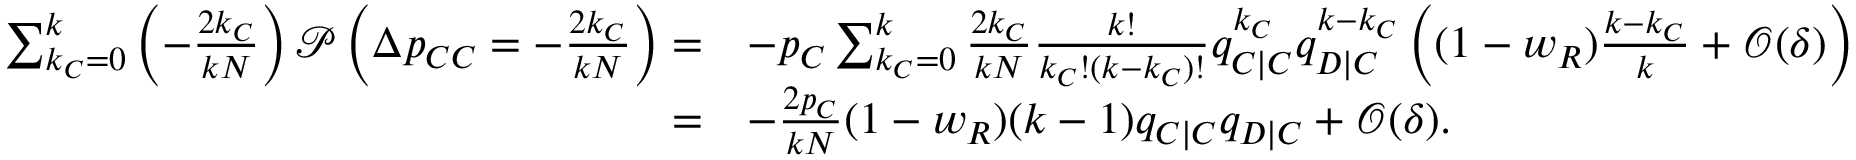
\begin{array} { r l } { \sum _ { k _ { C } = 0 } ^ { k } { \left( - \frac { 2 k _ { C } } { k N } \right) \mathcal { P } \left( \Delta p _ { C C } = - \frac { 2 k _ { C } } { k N } \right) } = } & { - p _ { C } \sum _ { k _ { C } = 0 } ^ { k } { \frac { 2 k _ { C } } { k N } \frac { k ! } { k _ { C } ! ( k - k _ { C } ) ! } q _ { C | C } ^ { k _ { C } } q _ { D | C } ^ { k - k _ { C } } \left( ( 1 - w _ { R } ) \frac { k - k _ { C } } { k } + \mathcal { O } ( \delta ) \right) } } \\ { = } & { - \frac { 2 p _ { C } } { k N } ( 1 - w _ { R } ) ( k - 1 ) q _ { C | C } q _ { D | C } + \mathcal { O } ( \delta ) . } \end{array}